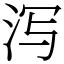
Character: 泻